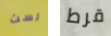
لست قرط